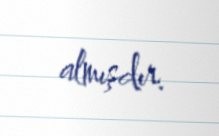
almışdır.